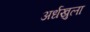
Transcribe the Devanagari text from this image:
अर्धखुला